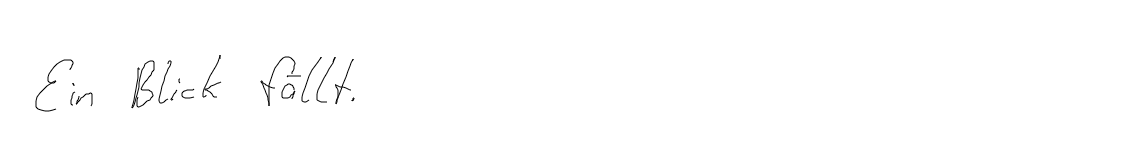
Ein Blick fällt.